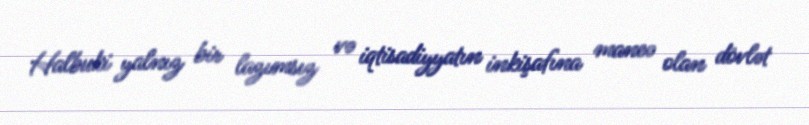
Halbuki yalnız bir lazımsız və iqtisadiyyatın inkişafına maneə olan dövlət